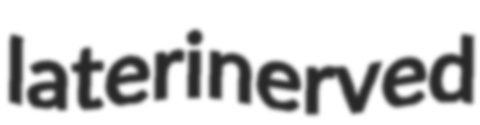
laterinerved